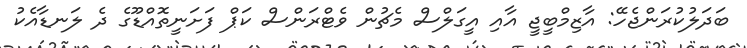
ބަދަލުކުރަންޖެހޭ: އާޒިމްބީޖީ އާއި އީގަލްސް މެޗުން ވެޓްރަންސް ކަޕް ފަށަނީތޮއްޑޫގެ ދެ ލަނޑާއެކު